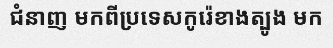
ជំនាញ មកពីប្រទេសកូរ៉េខាងត្បូង មក